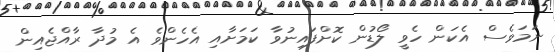
ނަމަވެސް އެކަން ހެވީ ލޯޑުން ކޮށްފައިނުވާ ކަމަށާއި އެހެންވެ އެ މުދާ ރާއްޖެއިން